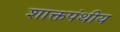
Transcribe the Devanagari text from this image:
शाक्तपंथीय